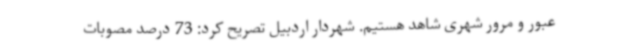
عبور و مرور شهری شاهد هستیم. شهردار اردبیل تصریح کرد: 73 درصد مصوبات